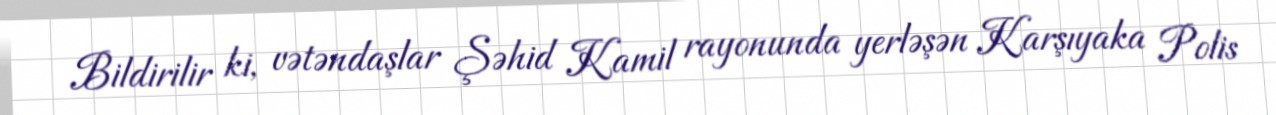
Bildirilir ki, vətəndaşlar Şəhid Kamil rayonunda yerləşən Karşıyaka Polis